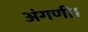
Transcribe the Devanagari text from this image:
अंगणी।